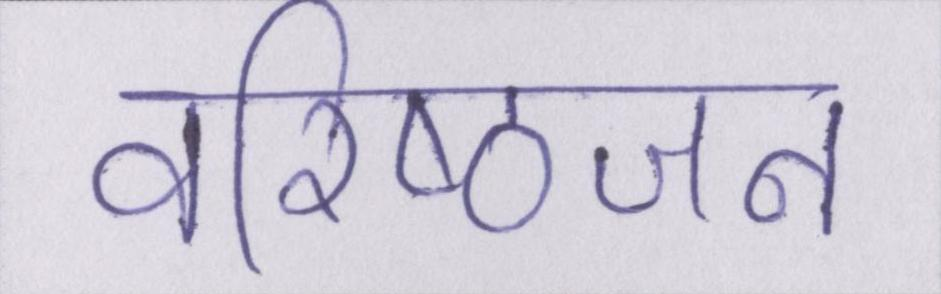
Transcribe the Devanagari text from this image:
वरिष्ठजन